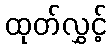
ထုတ်လွှင့်